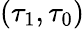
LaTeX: (\tau_{1},\tau_{0})